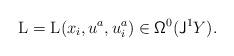
LaTeX: \begin{align*}{\rm L}={\rm L}(x_i,u^a,u^a_i)\in{\mathsf{\Omega}}^0({\sf J}^1Y).\end{align*}